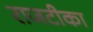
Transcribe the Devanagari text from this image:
राजटीका